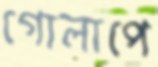
গোলাপে